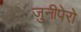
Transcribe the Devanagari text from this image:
जुनीपेरो